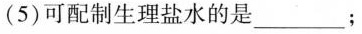
(5)可配制生理盐水的是___；